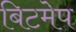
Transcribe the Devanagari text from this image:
बिटमेप